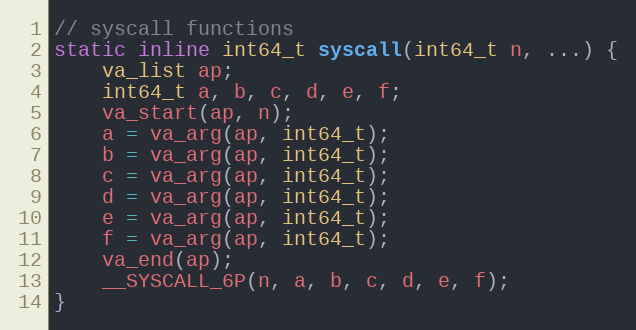
Language: C
// syscall functions
static inline int64_t syscall(int64_t n, ...) {
    va_list ap;
    int64_t a, b, c, d, e, f;
    va_start(ap, n);
    a = va_arg(ap, int64_t);
    b = va_arg(ap, int64_t);
    c = va_arg(ap, int64_t);
    d = va_arg(ap, int64_t);
    e = va_arg(ap, int64_t);
    f = va_arg(ap, int64_t);
    va_end(ap);
    __SYSCALL_6P(n, a, b, c, d, e, f);
}